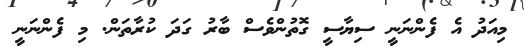
މިއަދު އެ ފެންނަނީ ސިޔާސީ ގޮތުންވެސް ބާރު ގަދަ ކުރާތަން. މި ފެންނަނީ